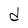
Character: d